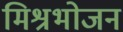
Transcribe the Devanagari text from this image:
मिश्रभोजन